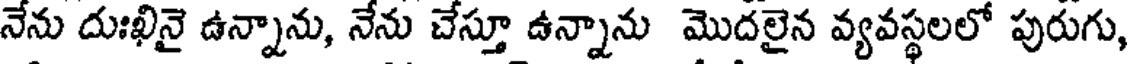
నేను దుఃఖినై ఉన్నాను, నేను చేస్తూ ఉన్నాను మొదలైన వ్యవస్థలలో పురుగు,